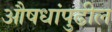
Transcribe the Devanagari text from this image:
औषधांपुढील